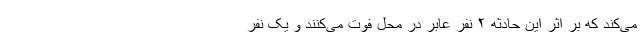
می‌کند که بر اثر این حادثه ۲ نفر عابر در محل فوت می‌کنند و یک نفر